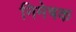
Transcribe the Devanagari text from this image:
निमेषक